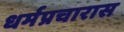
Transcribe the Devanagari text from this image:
धर्मप्रचारास